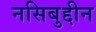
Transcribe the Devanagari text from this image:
नसिबुद्दीन